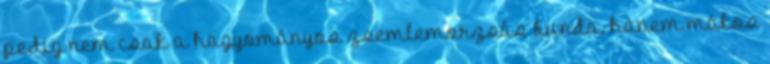
pedig nem csak a hagyományos zsemlemorzsás bunda, hanem mákos